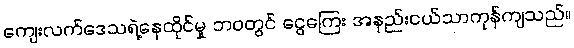
ကျေးလက်ဒေသရဲ့နေထိုင်မှု ဘဝတွင် ငွေကြေး အနည်းငယ်သာကုန်ကျသည်။